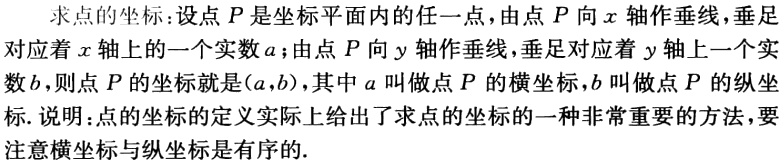
求点的坐标：设点 \(P\) 是坐标平面内的任一点，由点 \(P\) 向 \(x\) 轴作垂线，垂足对应着 \(x\) 轴上的一个实数 \(a\)；由点 \(P\) 向 \(y\) 轴作垂线，垂足对应着 \(y\) 轴上一个实数 \(b\)，则点 \(P\) 的坐标就是 \((a,b)\)，其中 \(a\) 叫做点 \(P\) 的横坐标，\(b\) 叫做点 \(P\) 的纵坐标. 说明：点的坐标的定义实际上给出了求点的坐标的一种非常重要的方法，要注意横坐标与纵坐标是有序的.